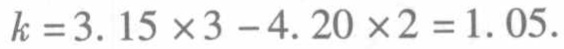
\(k = 3.15\times3 - 4.20\times2 = 1.05\)